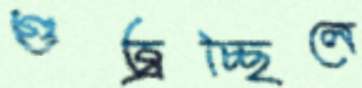
গুজ্‌রচ্ছিলে